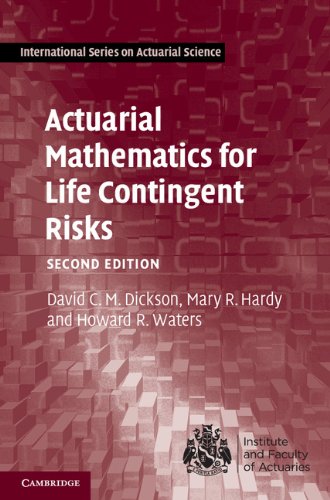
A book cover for Actuarial Mathematics for Life Contingent Risks (International Series on Actuarial Science); David C. M. Dickson; Business & Money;